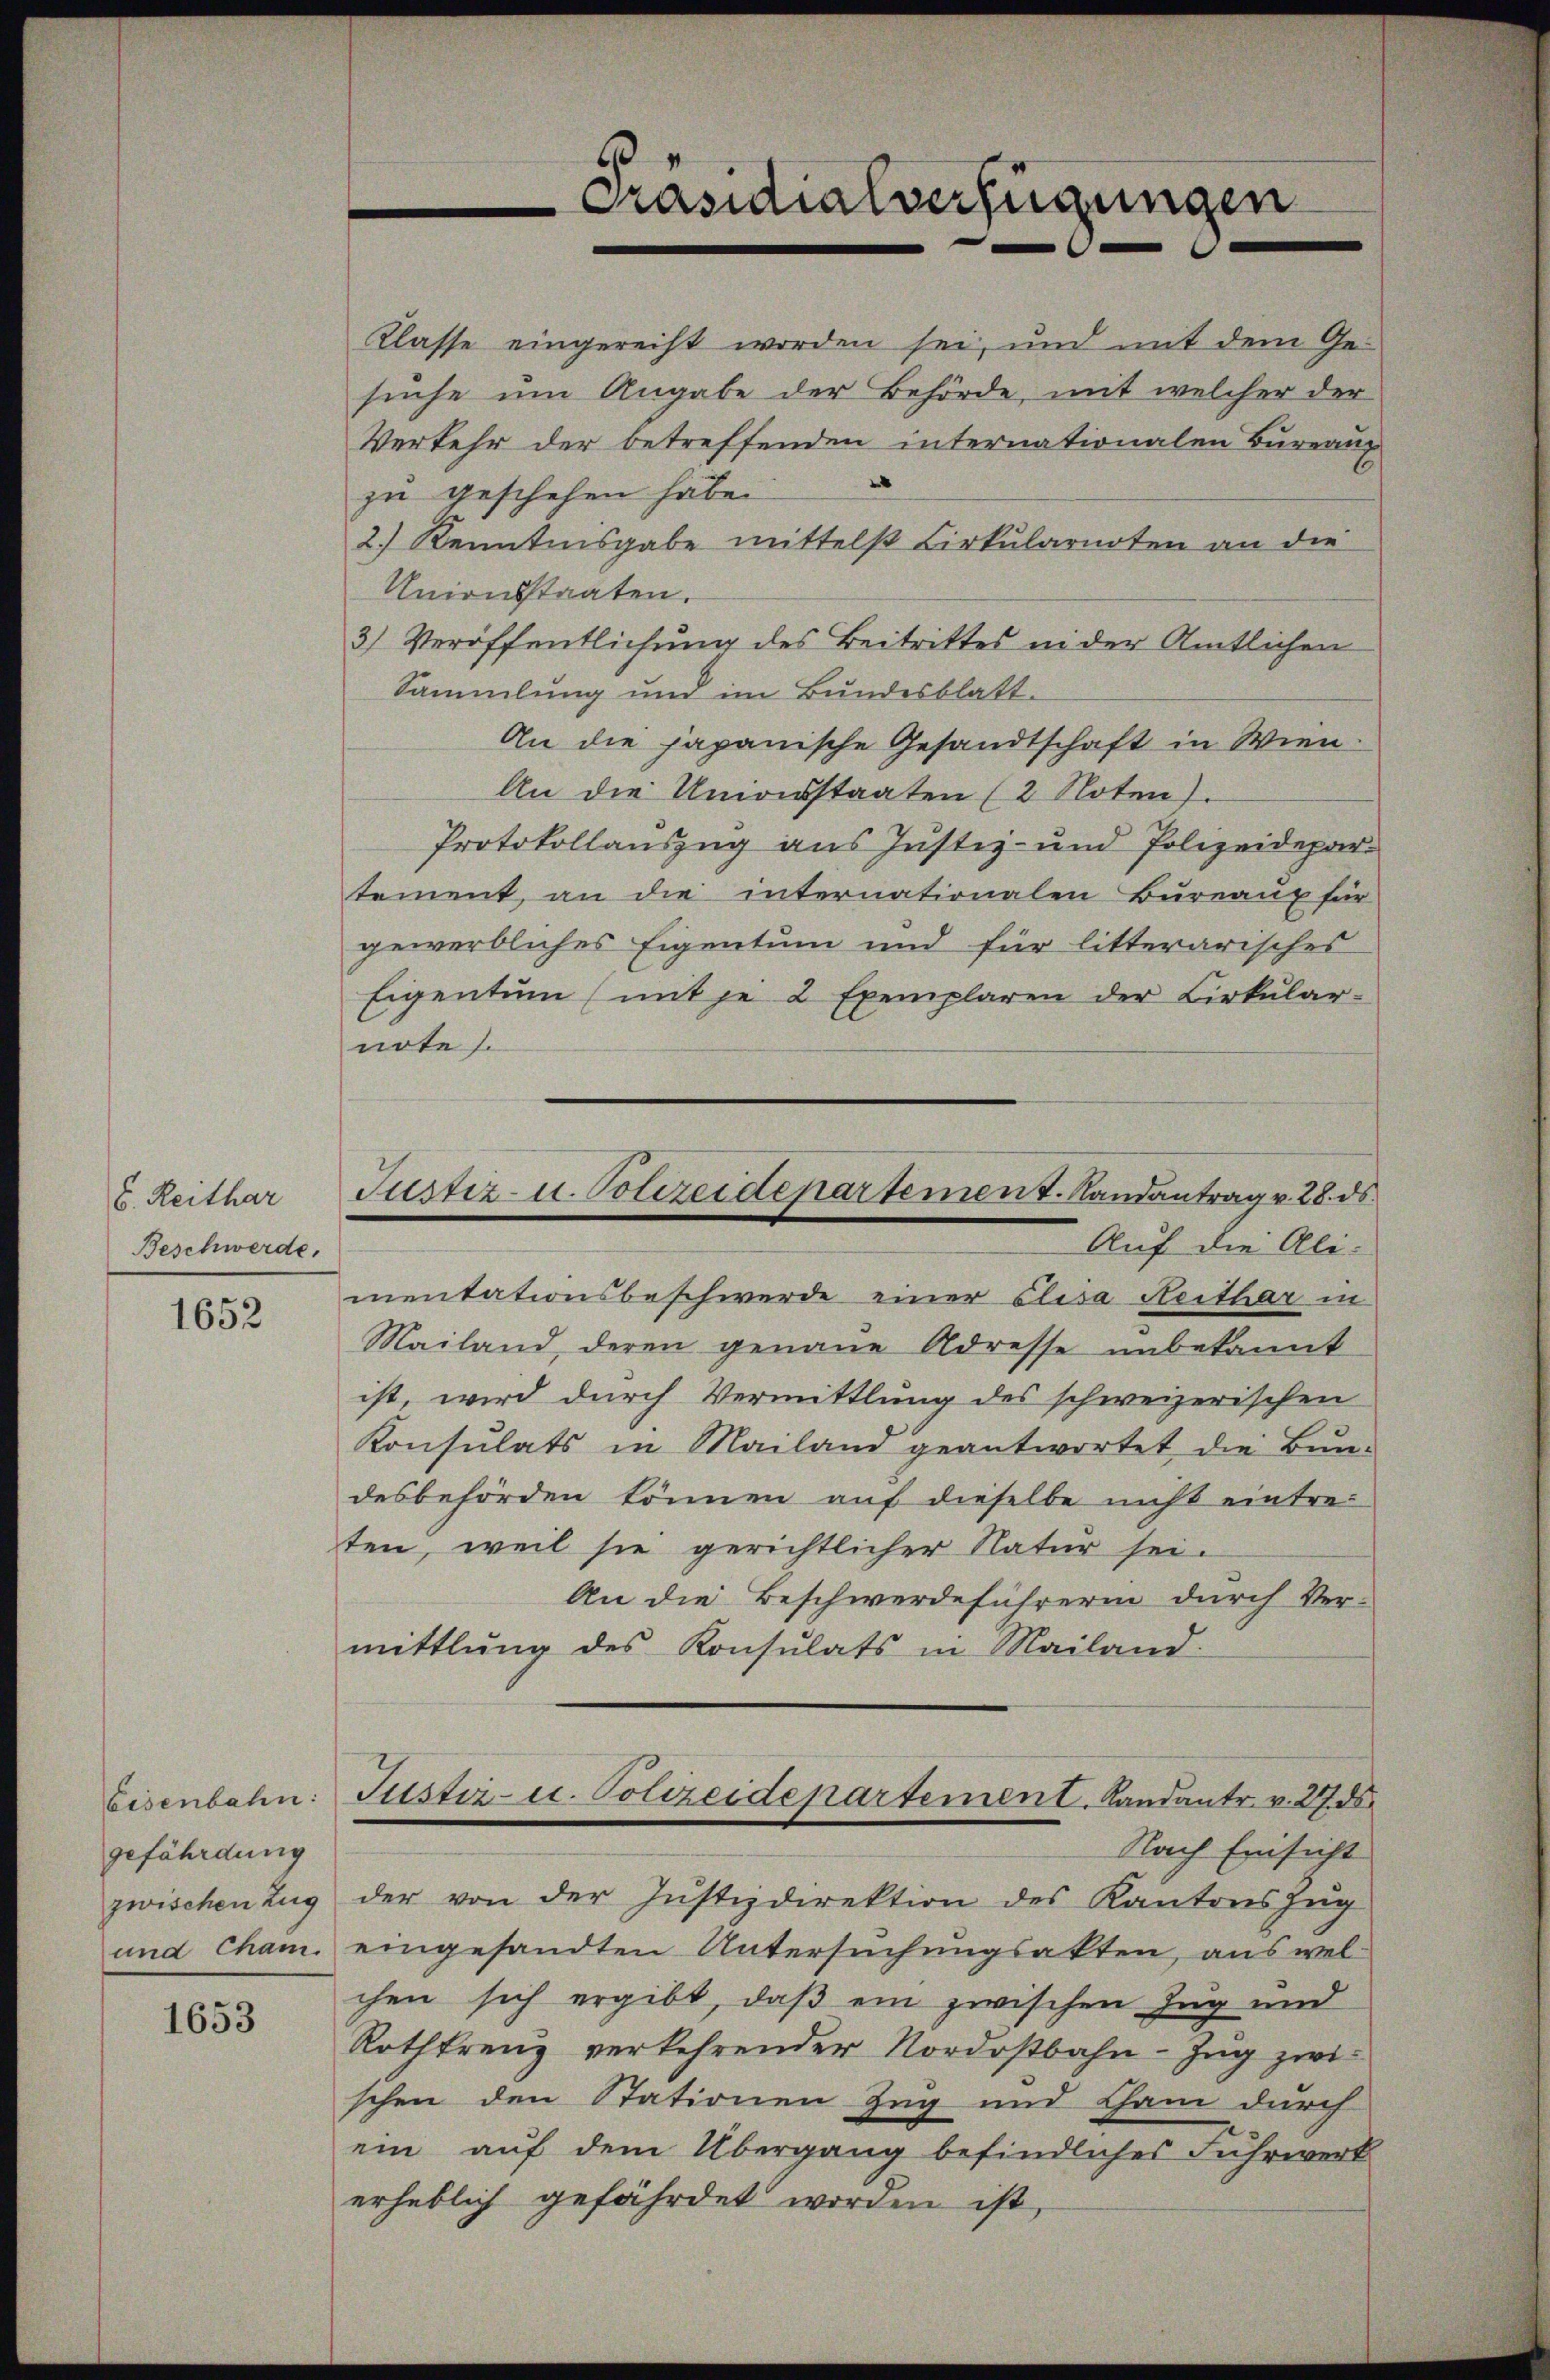
6. Reithar
Beschwerde.

1652

Eisenbahn:
gefährdung
zwischen Zug
und Cham.

1653

Klasse eingerecht worden sei, und mit dem Ge-
suche um Angabe der Behörde, mit welcher der
Verkehr der betreffenden internationalen Bureaux
.
zu geschehen habe.
2.) Kenntnisgabe mittelst Cirkularnoten an die
Unionsstaaten.
3) Veröffentlichung des Beitrittes in der Amtlichen
Sammlung und im Bundesblatt.
An die japanische Gesandtschaft in Wien
An die Umonsstaaten (2 Noten).
Protokollauszug aus Justiz- und Polizeidepartement, an die internationalen Bureaux für
gewerbliches Eigentum und für litterarisches
Eigentum (mit je 2 Exemplaren der Cirkular-
note.
Auf die Ali-
mentationsbeschwerde einer Elisa Reither in
Mailand deren genaue Adresse unbekannt
ist, wird durch Vermittlung des schweizerischen
Konsulats in Mailand geantwortet die Bun-
desbehörden können auf dieselbe nicht eintre-
ten, weil sie gerichtlicher Natur sei.
An die Beschwerdeführerin durch Ver-
mittlung des Konsulats in Mailand.
Justiz- u. Polizeidepartement. Landant v. 27. ds.
Nach Einsicht
der von der Justizdirektion des Kantons Zug
eingesandten Untersuchungsakten, aus welchen sich ergibt, daß ein zwischen Zug und
Rothkreuz verkehrender Nordostbahn-Zug zwi
schen den Stationen Zug und Cham durch
ein auf dem Übergang befindliches Fuhrwerk
erheblich gefährdet worden ist,

Präsidialverfügungen

Justiz- u. Polizeidepartement. Randantrag v. 28. ds.